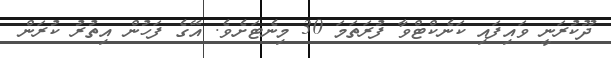
ދޫކުރަނީ ވައިފައި ކަނެކްޓްވާ ފުރަތަމަ 30 މިނެޓަށެވެ. އޭގެ ފަހުން އިތުރު ކުރަން